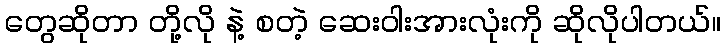
တွေဆိုတာ တို့လို နဲ့ စတဲ့ ဆေးဝါးအားလုံးကို ဆိုလိုပါတယ်။